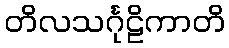
တိလသင်္ဂုဠိကာတိ